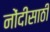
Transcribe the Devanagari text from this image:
नोंदीसाठी